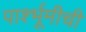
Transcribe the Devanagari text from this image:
पार्श्भूमीची